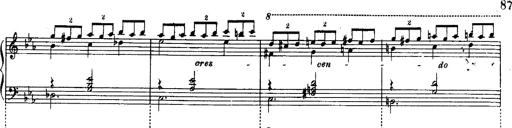
Title: Schubert's Impromptus [revised and edited by Franz Liszt]
Composer: Franz Liszt